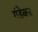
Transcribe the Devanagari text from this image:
गंडेकर